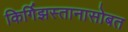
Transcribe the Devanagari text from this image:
किर्गिझस्तानासोबत